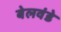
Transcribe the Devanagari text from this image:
बेलवंडे